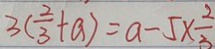
3 ( \frac { 2 } { 3 } + a ) = a - 5 \times \frac { 2 } { 3 }